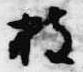
披